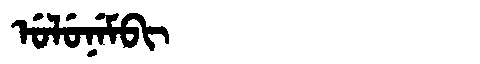
Manchu: ᡠᠯᡠᠨᡝᠮᠪᡳ
Romanization: ULUNEMBI